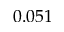
0 . 0 5 1